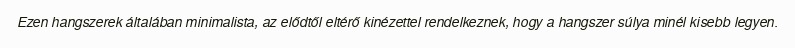
Ezen hangszerek általában minimalista, az elődtől eltérő kinézettel rendelkeznek, hogy a hangszer súlya minél kisebb legyen.